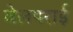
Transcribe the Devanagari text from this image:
वेलपराई